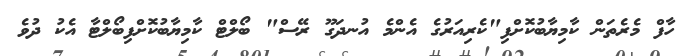
ހާފް މެެރެތަން ކާމިޔާބުކޮށްފި"ކެރިއަރުގެ އެންމެ އުނދަގޫ ރޭސް" ބޯލްޓް ކާމިޔާބުކޮށްފިބޯލްޓާ އެކު ދުވެ